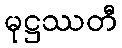
မုဋ္ဌဿတီ